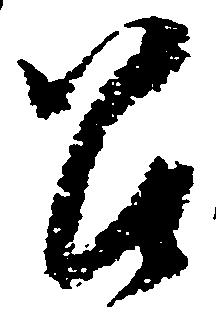
召